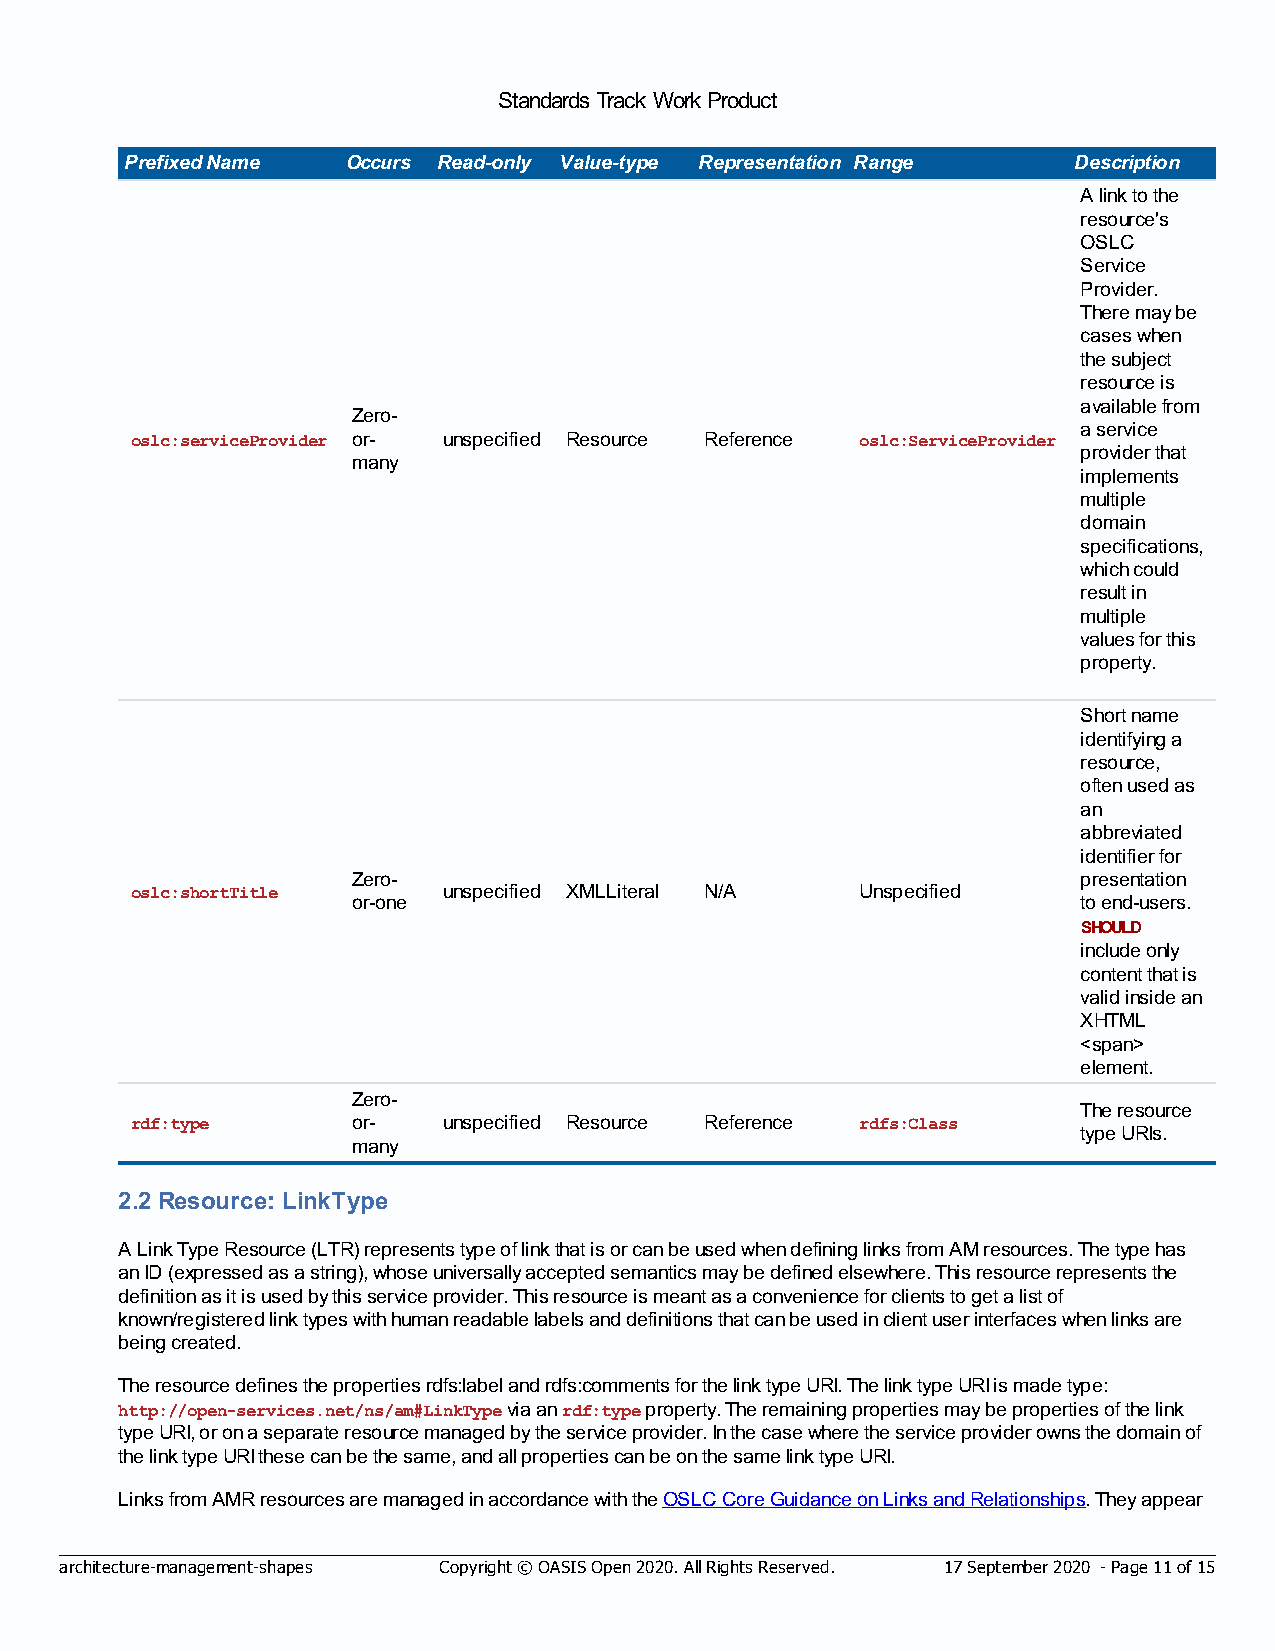
Standards Track Work Product
 Prefixed Name  Occurs Read-only Value-type Representation Range Description
 A link to the
 resource's
 OSLC
 Service
 Provider.
 There may be
 cases when
 the subject
 resource is
 available from
 Zero-
 a service
 oslc:serviceProvider or- unspecified Resource Reference oslc:ServiceProvider
 provider that
 many
 implements
 multiple
 domain
 specifications,
 which could
 result in
 multiple
 values for this
 property.
 Short name
 identifying a
 resource,
 often used as
 an
 abbreviated
 identifier for
 Zero-                                            presentation
 oslc:shortTitle     unspecified XMLLiteral N/A  Unspecified
 or-one                                           to end-users.
 SHOULD
 include only
 content that is
 valid inside an
 XHTML
 <span>
 element.
 Zero-
 The resource
 rdf:type      or-   unspecified Resource Reference rdfs:Class
 type URIs.
 many
 2.2 Resource: LinkType
 A Link Type Resource (LTR) represents type of link that is or can be used when defining links from AM resources. The type has
 an ID (expressed as a string), whose universally accepted semantics may be defined elsewhere. This resource represents the
 definition as it is used by this service provider. This resource is meant as a convenience for clients to get a list of
 known/registered link types with human readable labels and definitions that can be used in client user interfaces when links are
 being created.
 The resource defines the properties rdfs:label and rdfs:comments for the link type URI. The link type URI is made type:
 http://open-services.net/ns/am#LinkType via an rdf:type property. The remaining properties may be properties of the link
 type URI, or on a separate resource managed by the service provider. In the case where the service provider owns the domain of
 the link type URI these can be the same, and all properties can be on the same link type URI.
 Links from AMR resources are managed in accordance with the OSLC Core Guidance on Links and Relationships. They appear
 architecture-management-shapes Copyright © OASIS Open 2020. All Rights Reserved. 17 September 2020 - Page 11 of 15